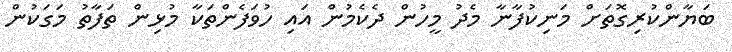
ބަޔާންކުރިގޮތަށް މަނިކުފާނާ މެދު މީހުން ދެކެމުން އައި ހުވަފެންތަކާ މުޅިން ތަފާތު މަގަކުން